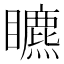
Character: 𥌜